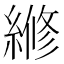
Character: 𬗲